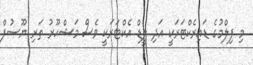
މި ފިލްމުގެ ޑައިރެކްޓަރަކީ އަދި ލީޑް އެކްޓަރަކީ ވެސް މަޝްހޫރު ތަރި ޔޫސުފް